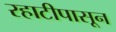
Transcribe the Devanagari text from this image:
रहाटीपासून